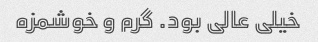
خیلی عالی بود. گرم و خوشمزه